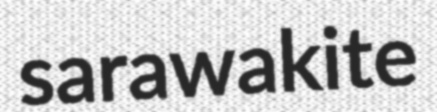
sarawakite